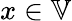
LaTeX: x\in\mathbb{V}